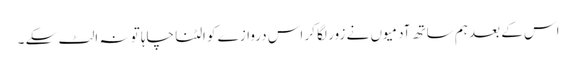
اس کے بعد ہم ساتھ آدمیوں نے زور لگا کر اس دروازے کو الٹنا چاہا تو نہ الٹ سکے ۔